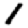
Digit: 1